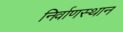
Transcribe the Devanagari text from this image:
निर्वाणस्थान